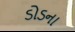
ડોડના